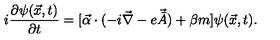
i \frac { \partial \psi ( \vec { x } , t ) } { \partial t } = [ { \vec { \alpha } } \cdot ( - i \vec { \nabla } - e \vec { \bar { A } } ) + \beta m ] \psi ( \vec { x } , t ) .